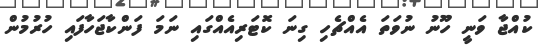
ކުއްޖާ ވަނީ ހޫނު ނުވަތަ އެއްޗެހި ގިނަ ކޮޓަރިއެއްގައި ނަމަ ފަންކާޖަހާފައި ހުރުމުން